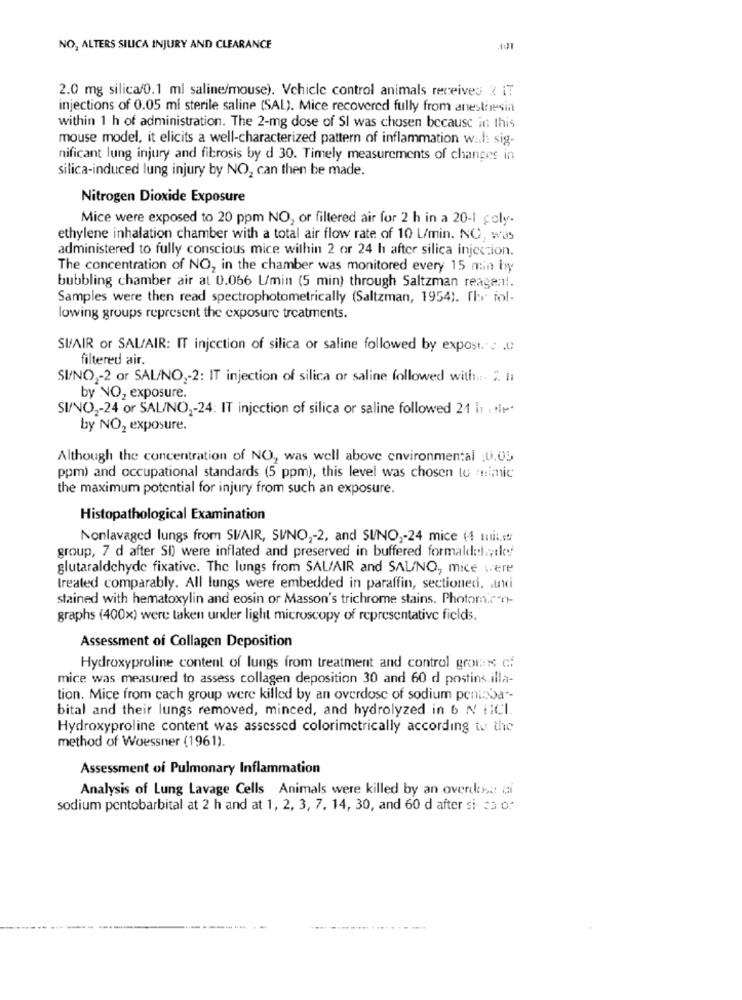
NO, ALTERS SILICA INJURY AND CLEARANCE
2.0 mg silica/0.1 ml saline/mouse). Vchicle control animals receives ? IT
injections of 0.05 ml sterile saline (SAL). Mice recovered fully from anesthesin
within 1 h of administration. The 2-mg dose of SI was chosen because in this
mouse model, it elicits a well-characterized pattern of inflammation wal: sig-
nificant lung injury and fibrosis by d 30. Timely measurements of changes in
silica-induced lung injury by NO, can then be made.
Nitrogen Dioxide Exposure
Mice were exposed to 20 ppm NO, or filtered air for 2 h in a 20-1 coly.
ethylene inhalation chamber with a total air flow rate of 10 L/min. NO, was
administered to fully conscious mice within 2 or 24 h after silica injection.
The concentration of NO, in the chamber was monitored every 15 min byy
bubbling chamber air at 0.066 L/min (5 min) through Saltzman reagan !.
Samples were then read spectrophotometrically (Saltzman, 1954). fhr fol-
lowing groups represent the exposure treatments.
SI/AIR or SAL/AIR: IT injection of silica or saline followed by expost .. .
filtered air.
SI/NO2-2 or SAL/NO ,- 2: IT injection of silica or saline followed with ... ". il
by NO2 exposure.
SI/NO2-24 or SAL/NO2-24: IT injection of silica or saline followed 24 h1 + +++
by NO2 exposure.
Although the concentration of NO, was well above environmental :0.05
ppm) and occupational standards (5 ppm), this level was chosen to animic
the maximum potential for injury from such an exposure.
Histopathological Examination
Nonlavaged lungs from SIAIR, SUNO ,- 2, and SUNO ,- 24 mice (4 mit.w
group, 7 d after SI) were inflated and preserved in buffered formaldel .; they
glutaraldchyde fixative. The lungs from SALAIR and SAL/NO, mice were
treated comparably. All lungs were embedded in paraffin, sectioned. andi
stained with hematoxylin and eosin or Masson's trichrome stains. Photomsn-
graphs (400x) were taken under light microscopy of representative fields.
Assessment of Collagen Deposition
Hydroxyproline content of lungs from treatment and control groun cf
mice was measured to assess collagen deposition 30 and 60 d postins.illa-
tion. Mice from cach group were killed by an overdose of sodium pontoba"-
bital and their lungs removed, minced, and hydrolyzed in 6 N iICI.
Hydroxyproline content was assessed colorimetrically according to the
method of Woessner (1961).
Assessment of Pulmonary Inflammation
Analysis of Lung Lavage Cells Animals were killed by an overdose: ui
sodium pentobarbital at 2 h and at 1, 2, 3, 7. 14, 30, and 60 d after si- 23 0;